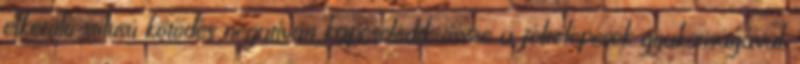
elkerülő stílusú kötődés negatívan kapcsolódik össze a félrelépések gyakoriságával.